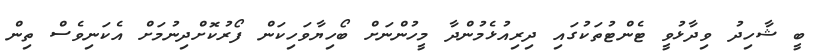
ބީ ޝާހިދު ވިދާޅުވީ ޓެންޓުތަކުގައި ދިރިއުޅެމުންދާ މީހުންނަށް ބޯހިޔާވަހިކަން ފޯރުކޮށްދިނުމަށް އެކަނިވެސް ތިން